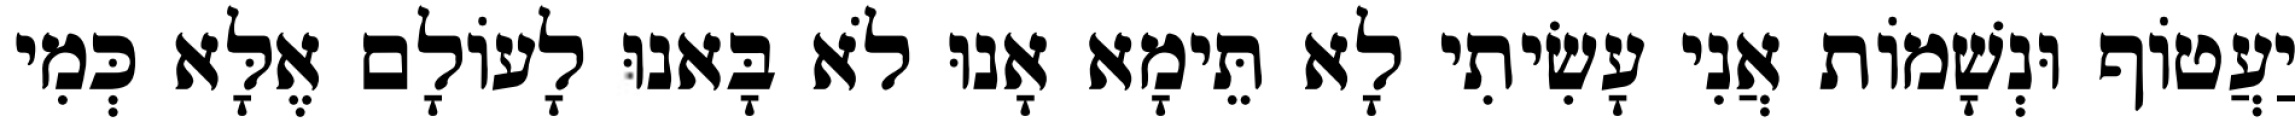
יַעֲטוֹף וּנְשָׁמוֹת אֲנִי עָשִׂיתִי לָא תֵּימָא אָנוּ לֹא בָּאנוּ לָעוֹלָם אֶלָּא כְּמִי